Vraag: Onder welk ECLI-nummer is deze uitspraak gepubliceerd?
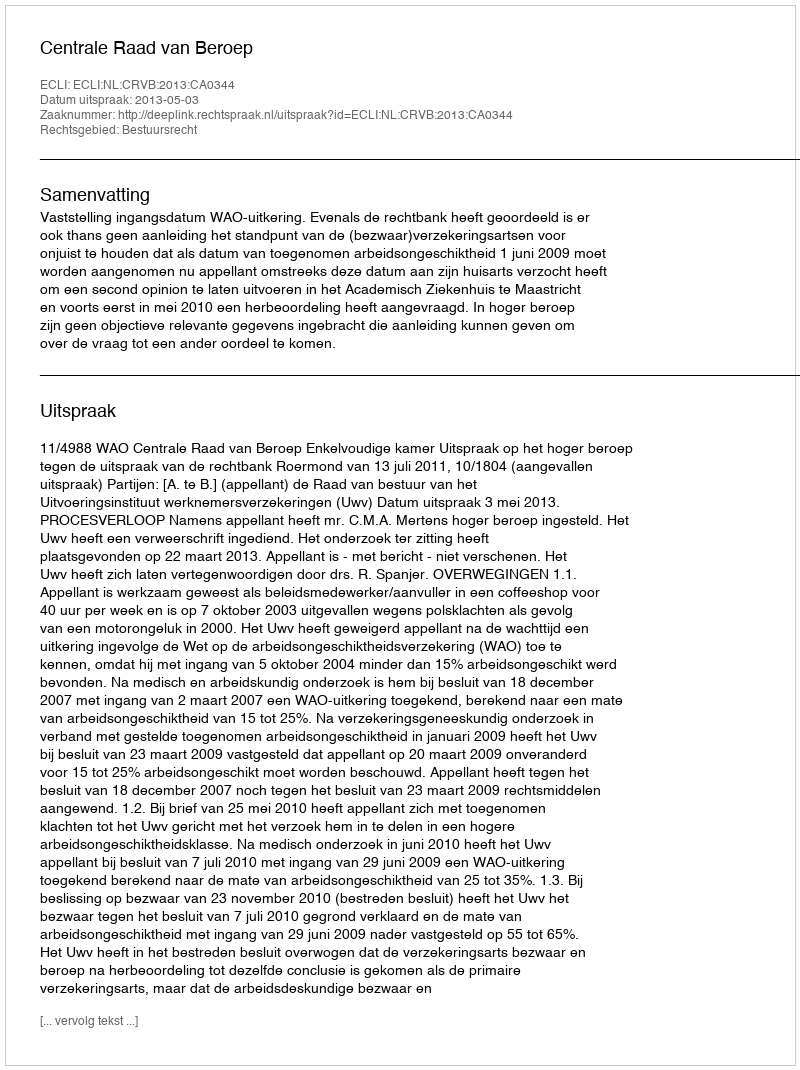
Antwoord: ECLI:NL:CRVB:2013:CA0344